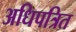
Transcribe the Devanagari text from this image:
अधिपत्रित